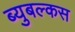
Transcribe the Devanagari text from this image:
ब्युबल्कस